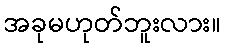
အခုမဟုတ်ဘူးလား။